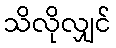
သိလိုလျှင်